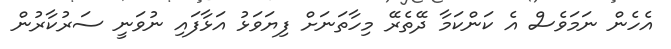
އެހެން ނަމަވެސް އެ ކަންކަމާ ދޭތެރޭ މިހާތަނަށް ފިޔަވަޅު އަޅާފައި ނުވަނީ ސަރުކާރުން